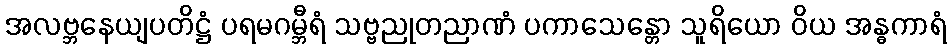
အလဗ္ဘနေယျပတိဋ္ဌံ ပရမဂမ္ဘီရံ သဗ္ဗညုတညာဏံ ပကာသေန္တော သူရိယော ဝိယ အန္ဓကာရံ